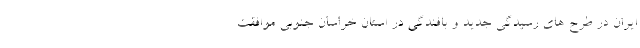
ایران در طرح های رسیدگی جدید و بافندگی در استان خراسان جنوبی موافقت